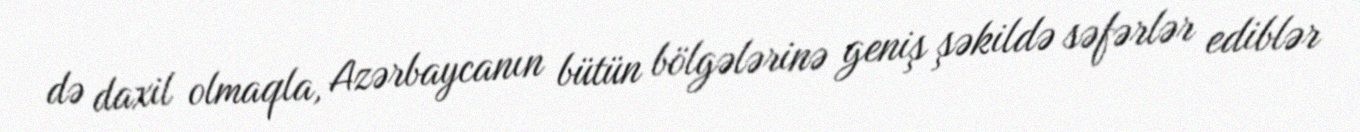
də daxil olmaqla, Azərbaycanın bütün bölgələrinə geniş şəkildə səfərlər ediblər